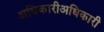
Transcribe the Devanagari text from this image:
अधिकारीअधिकारी